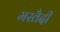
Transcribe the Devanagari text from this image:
मरतैदी